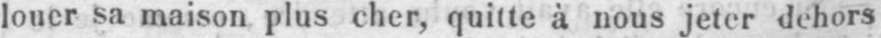
louer sa maison plus cher, quitte à nous jeter dehors